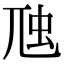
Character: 虺